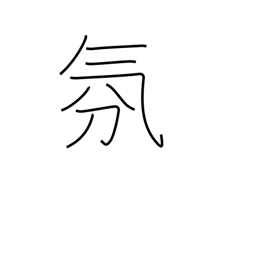
Meaning: atmosphere